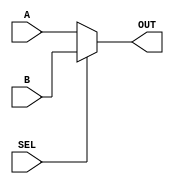
module mux2_1(SEL, A, B, OUT);
input SEL, A, B;
output OUT;
reg OUT;

always @(SEL or A or B) 
begin
   if(SEL) 
      OUT = B;
   else 
      OUT = A;
end
endmodule